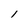
Character: l